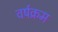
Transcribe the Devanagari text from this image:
वर्षक्रम